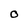
Character: 0